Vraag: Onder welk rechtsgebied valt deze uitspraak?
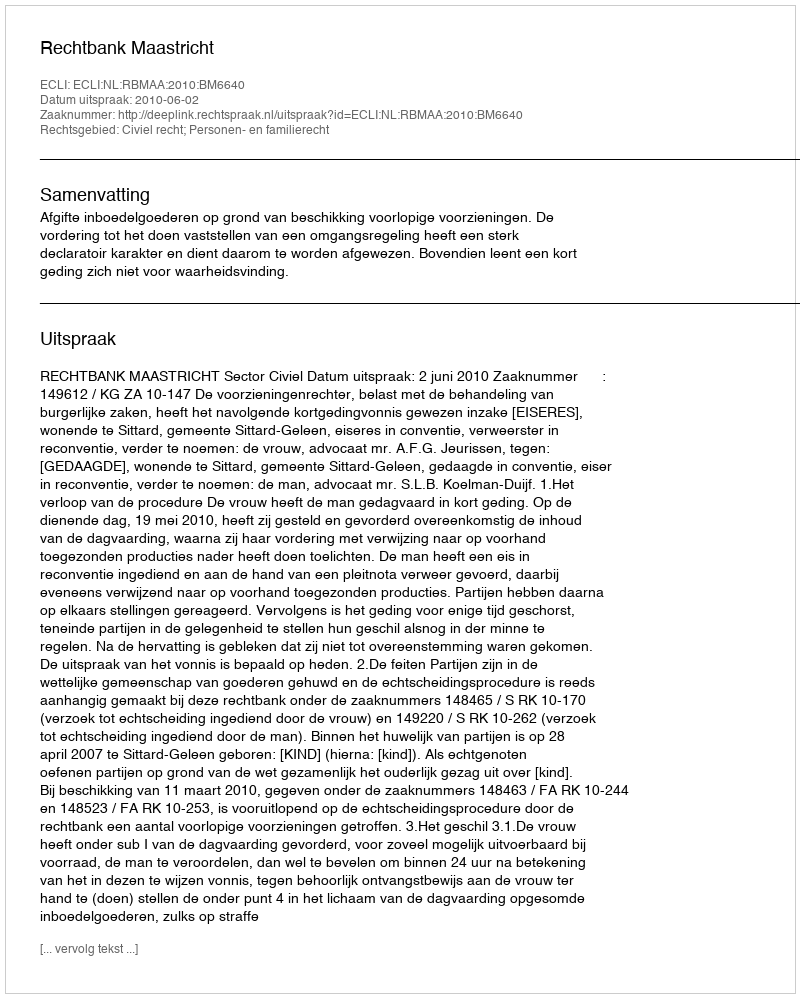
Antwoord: Civiel recht; Personen- en familierecht